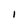
Character: I